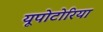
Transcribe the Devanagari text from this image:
यूपोटोरिया